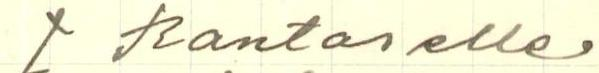
J Rantaselle